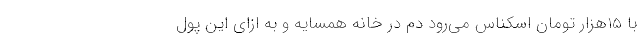
با 15هزار تومان اسکناس می‌رود دم در خانه همسایه و به ازای این پول